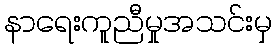
နာရေးကူညီမှုအသင်းမှ